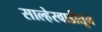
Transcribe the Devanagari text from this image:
साल्हेरवाडीतून